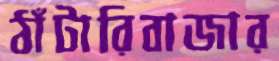
ঠাঁটারিবাজার